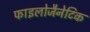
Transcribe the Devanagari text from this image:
फाइलोजैनेटिक